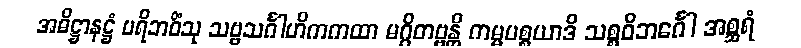
အဓိဋ္ဌာနဋ္ဌံ ပရိဘဝိံသု သဗ္ဗသင်္ဂါဟိကကထာ မဂ္ဂိတဗ္ဗန္တိ ကမ္မပစ္စယာဒိ သစ္စဝိဘင်္ဂေါ အစ္ဆရံ